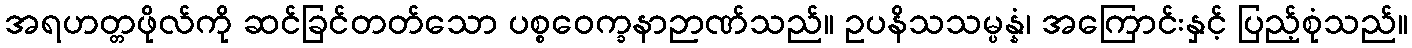
အရဟတ္တဖိုလ်ကို ဆင်ခြင်တတ်သော ပစ္စဝေက္ခနာဉာဏ်သည်။ ဥပနိသသမ္ပန္နံ၊ အကြောင်းနှင့် ပြည့်စုံသည်။